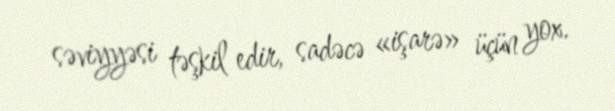
səviyyəsi təşkil edir, sadəcə «işarə» üçün yox.